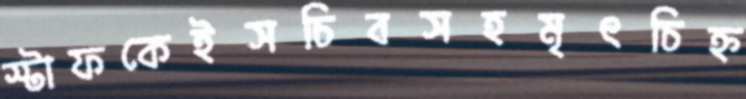
স্টাফকেইসচিবসহমৃৎচিহ্ন